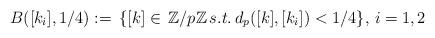
LaTeX: \begin{align*} B([k_i],1/4):=\,\{[k]\in\,\mathbb{Z}/p\mathbb{Z}\,s.t.\,d_p([k],[k_i])<1/4\},\,i=1,2 \end{align*}